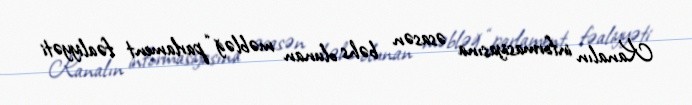
Kanalın informasiyasına əsasən bəhs olunan məbləğ “parlament fəaliyyəti